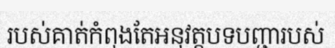
របស់គាត់កំពុងតែអនុវត្តបទបញ្ជារបស់